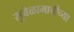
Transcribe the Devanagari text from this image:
सुवेळामाचीच्या